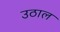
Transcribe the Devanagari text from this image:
उठाल